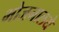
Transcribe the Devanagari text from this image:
भोजनालये